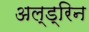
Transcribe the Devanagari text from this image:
अल्ड्रिन